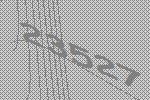
23527